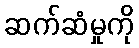
ဆက်ဆံမှုကို